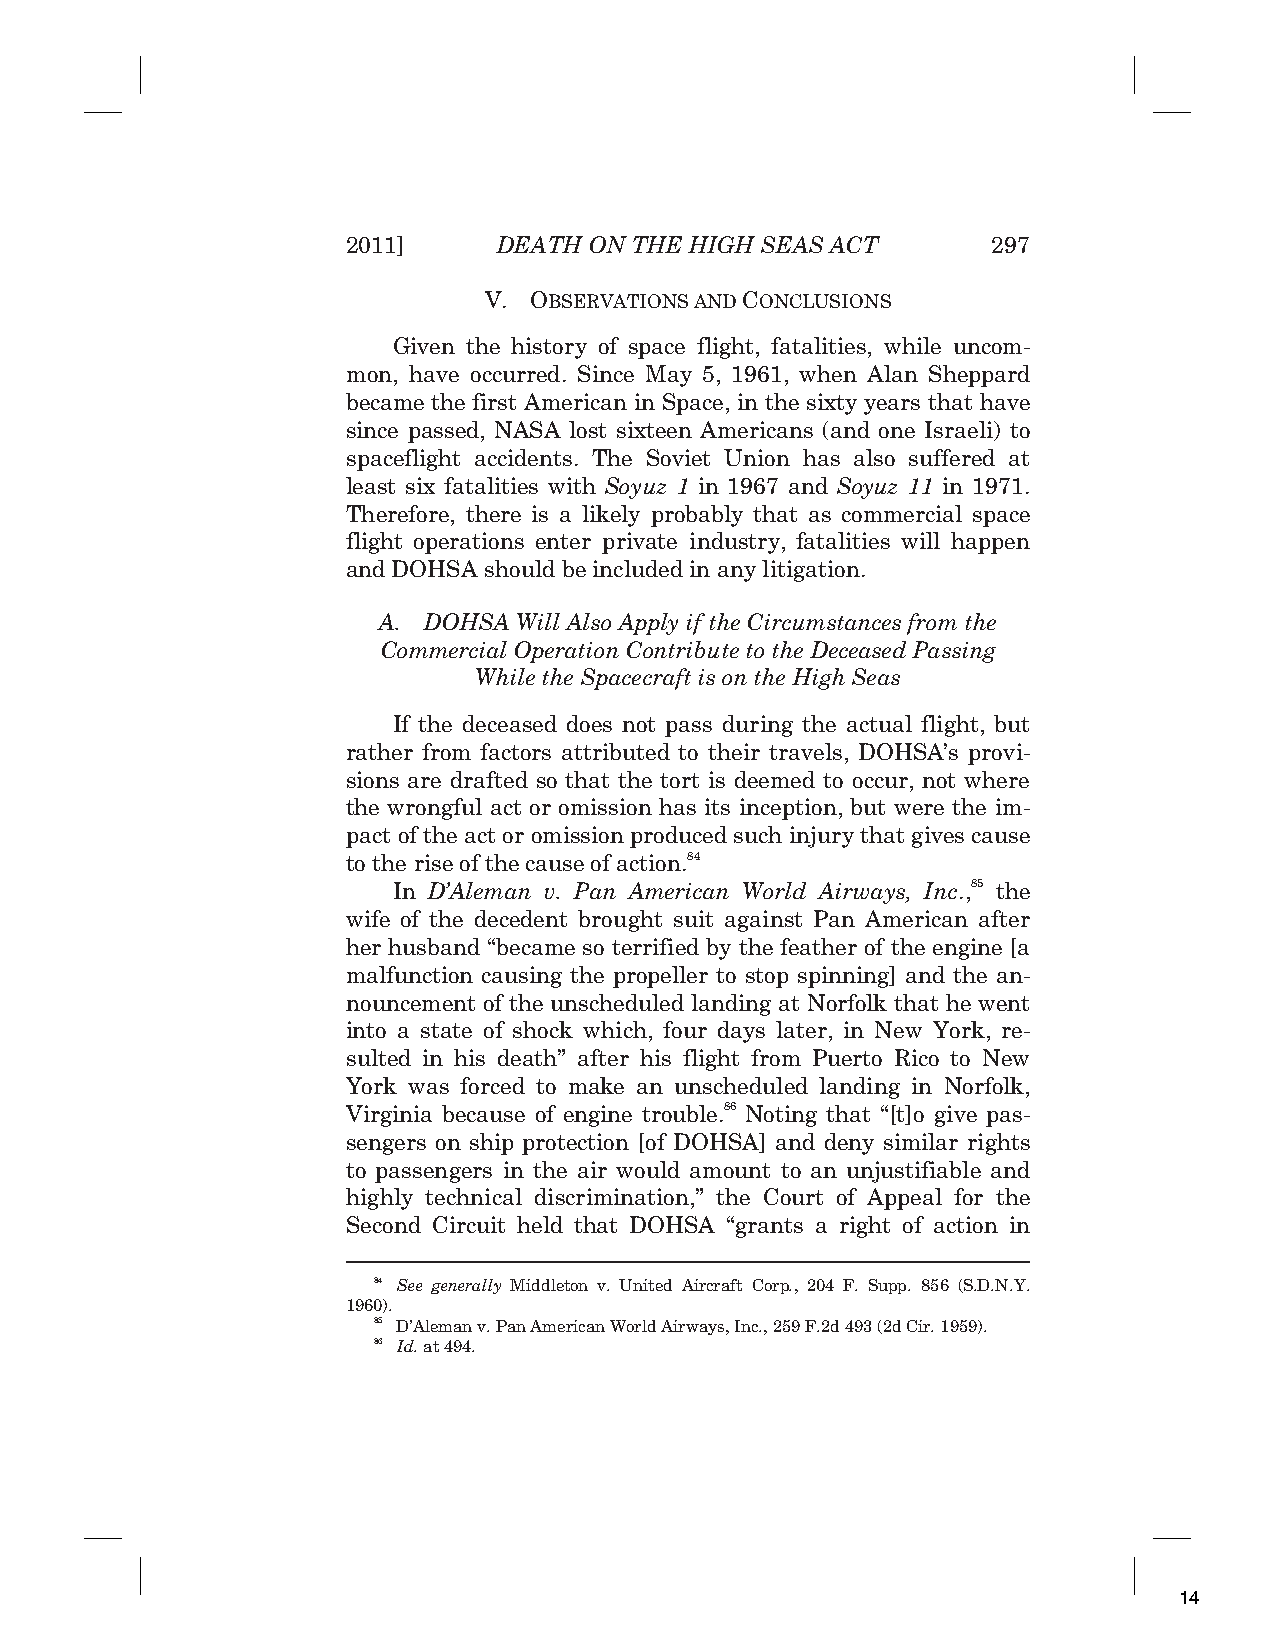
2011]     DEATH ON THE HIGH SEAS ACT       297
 V. OBSERVATIONS AND CONCLUSIONS
 Given the history of space flight, fatalities, while uncom-
 mon, have occurred. Since May 5, 1961, when Alan Sheppard
 became the first American in Space, in the sixty years that have
 since passed, NASA lost sixteen Americans (and one Israeli) to
 spaceflight accidents. The Soviet Union has also suffered at
 least six fatalities with Soyuz 1 in 1967 and Soyuz 11 in 1971.
 Therefore, there is a likely probably that as commercial space
 flight operations enter private industry, fatalities will happen
 and DOHSA should be included in any litigation.
 A. DOHSA Will Also Apply if the Circumstances from the
 Commercial Operation Contribute to the Deceased Passing
 While the Spacecraft is on the High Seas
 If the deceased does not pass during the actual flight, but
 rather from factors attributed to their travels, DOHSA’s provi-
 sions are drafted so that the tort is deemed to occur, not where
 the wrongful act or omission has its inception, but were the im-
 pact of the act or omission produced such injury that gives cause
 to the rise of the cause of action.84
 In D’Aleman v. Pan American World Airways, Inc.,85 the
 wife of the decedent brought suit against Pan American after
 her husband “became so terrified by the feather of the engine [a
 malfunction causing the propeller to stop spinning] and the an-
 nouncement of the unscheduled landing at Norfolk that he went
 into a state of shock which, four days later, in New York, re-
 sulted in his death” after his flight from Puerto Rico to New
 York was forced to make an unscheduled landing in Norfolk,
 Virginia because of engine trouble.86 Noting that “[t]o give pas-
 sengers on ship protection [of DOHSA] and deny similar rights
 to passengers in the air would amount to an unjustifiable and
 highly technical discrimination,” the Court of Appeal for the
 Second Circuit held that DOHSA “grants a right of action in
 84 See generally Middleton v. United Aircraft Corp., 204 F. Supp. 856 (S.D.N.Y.
 1960).
 85 D’Aleman v. Pan American World Airways, Inc., 259 F.2d 493 (2d Cir. 1959).
 86 Id. at 494.
 14